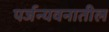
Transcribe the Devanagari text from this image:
पर्जन्यवनातील